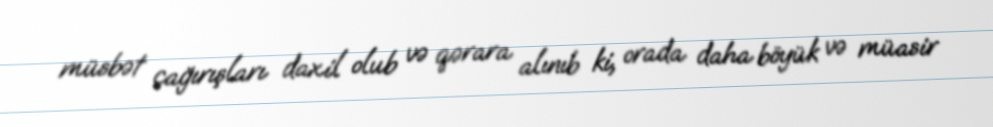
müsbət çağırışları daxil olub və qərara alınıb ki, orada daha böyük və müasir